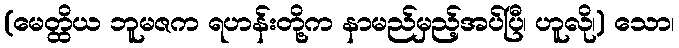
(မေတ္ထိယ ဘူမဇက ရဟန်းတို့က နာမည်မှည့်အပ်ပြီ၊ ဟူလို၊) သော၊